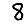
Digit: 8